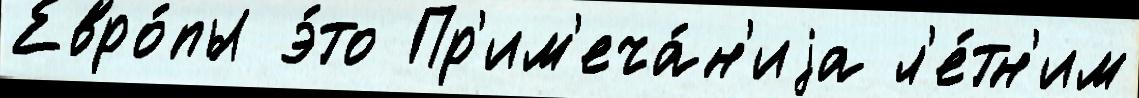
Евро́пы э́то Пр'им'еча́н'иjа л'е́тн'им